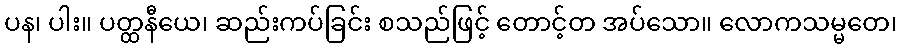
ပန၊ ပါး။ ပတ္ထနီယေ၊ ဆည်းကပ်ခြင်း စသည်ဖြင့် တောင့်တ အပ်သော။ လောကသမ္မတေ၊